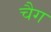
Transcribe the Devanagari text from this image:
चैग